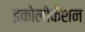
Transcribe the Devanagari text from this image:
इकोलोकेशन